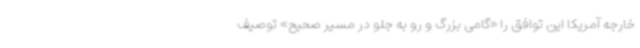
خارجه آمریکا این توافق را «گامی بزرگ و رو به جلو در مسیر صحیح» توصیف